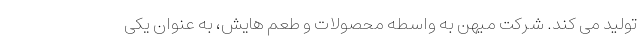
تولید می کند. شرکت میهن به واسطه محصولات و طعم هایش، به عنوان یکی